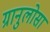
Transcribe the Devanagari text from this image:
ग्रानुलोसा